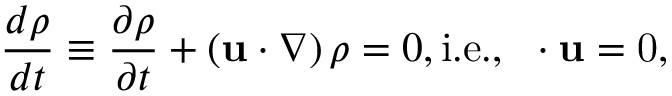
\frac { d \rho } { d t } \equiv \frac { \partial \rho } { \partial t } + \left( { \bf u } \cdot \nabla \right) \rho = 0 , \mathrm { { i . e . , } ~ \nabla \cdot { \bf u } = 0 , }